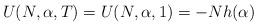
LaTeX: \begin{align*} U(N,\alpha,T) = U(N,\alpha,1) = -Nh(\alpha)\end{align*}